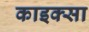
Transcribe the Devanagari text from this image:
काइक्सा